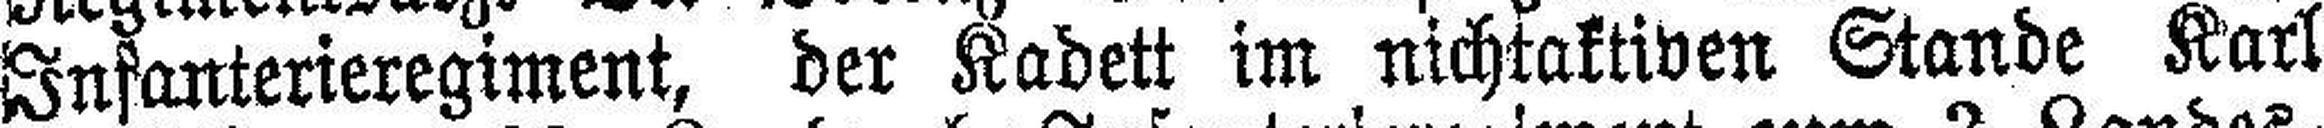
Infanterieregiment, der Kadett im nichtaktiven Stande Karl